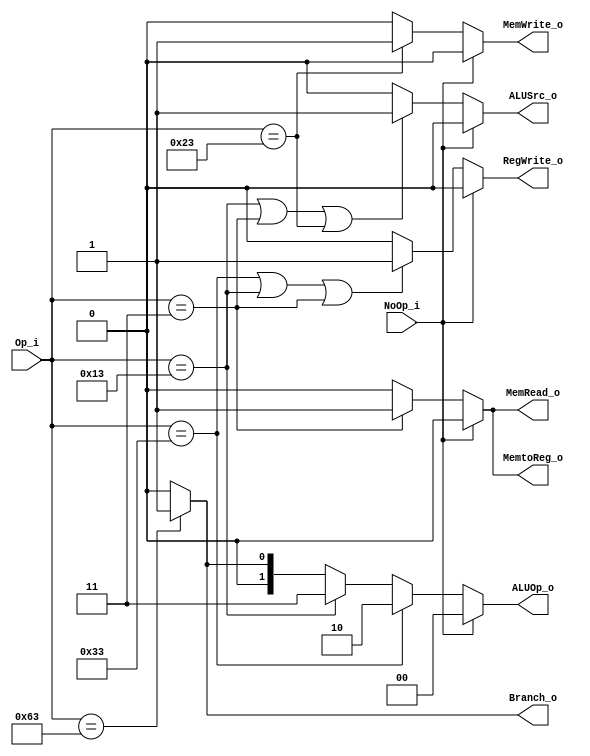
module Control(
	NoOp_i, // from HazardDetection.NoOp_o 
	Op_i,
	// ID
	Branch_o,
	// EX
	ALUOp_o,
	ALUSrc_o,
	// MEM
	MemRead_o,
	MemWrite_o,
	// WB
	RegWrite_o,
	MemtoReg_o
);
input NoOp_i; // from HazardDetection.NoOp_o 
input [6:0] Op_i;
// ID
output reg Branch_o;
// EX
output reg [1:0] ALUOp_o;
output reg ALUSrc_o;
// MEM
output reg MemRead_o;
output reg MemWrite_o;
// WB
output reg RegWrite_o;
output reg MemtoReg_o;

// R-type & I-type both depend on funct fields, 
// but to distinguish them, use different ALUOp
parameter ALUOp_lw_sw = 2'b00;
parameter ALUOp_beq = 2'b01;
parameter ALUOp_R_type = 2'b10;
parameter ALUOp_I_type = 2'b11; // self-defined

parameter Opcode_R_type = 7'b011_0011;
parameter Opcode_I_type = 7'b001_0011;
parameter Opcode_lw = 7'b000_0011;
parameter Opcode_sw = 7'b010_0011;
parameter Opcode_beq = 7'b110_0011;

initial begin
	Branch_o = 1'b0;
	// EX
	ALUOp_o = 2'b00; // ALUOp_lw_sw
	ALUSrc_o = 1'b0;
	// MEM
	MemRead_o = 1'b0;
	MemWrite_o = 1'b0;
	// WB
	RegWrite_o = 1'b0;
	MemtoReg_o = 1'b0;
end

always @(*) begin
	if(Op_i == Opcode_beq)
		Branch_o <= 1'b1;
	else
		Branch_o <= 1'b0;
	//
	if(NoOp_i) begin
		// EX
		ALUOp_o <= 2'b00;
		ALUSrc_o <= 1'b0;
		// MEM
		MemRead_o <= 1'b0;
		MemWrite_o <= 1'b0;
		// WB
		RegWrite_o <= 1'b0;
		MemtoReg_o <= 1'b0;
	end else begin
		if(Op_i == Opcode_R_type)
			ALUOp_o <= ALUOp_R_type; // R type
		else if(Op_i == Opcode_I_type)
			ALUOp_o <= ALUOp_I_type; // I type
		else if(Op_i == Opcode_beq)
			ALUOp_o <= ALUOp_beq; // beq
		else
			ALUOp_o <= ALUOp_lw_sw; // lw sw
		//
		if(Op_i == Opcode_I_type || Op_i == Opcode_lw || Op_i == Opcode_sw)
			ALUSrc_o <= 1'b1; // I type. lw sw // lw: Reg[rd] = DataMem[Reg[rs1]+imm]. sw: DataMem[Reg[rs1]+imm] = Reg[rs2]
		else
			ALUSrc_o <= 1'b0; // R type. beq
		//
		if(Op_i == Opcode_lw)
			MemRead_o <= 1'b1; // lw
		else
			MemRead_o <= 1'b0; // R type. I type. sw beq
		//
		if(Op_i == Opcode_sw)
			MemWrite_o <= 1'b1; // sw
		else
			MemWrite_o <= 1'b0; // R type. I type. lw beq
		//
		if(Op_i == Opcode_R_type || Op_i == Opcode_I_type || Op_i == Opcode_lw)
			RegWrite_o <= 1'b1; // R type. I type. lw
		else
			RegWrite_o <= 1'b0; // sw beq
		//
		if(Op_i == Opcode_lw)
			MemtoReg_o <= 1'b1; // lw
		else
			MemtoReg_o <= 1'b0; // R type. I type. sw beq
	end
end
endmodule